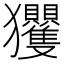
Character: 𭸴